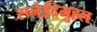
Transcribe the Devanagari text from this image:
स्च्नेईदेमुहल